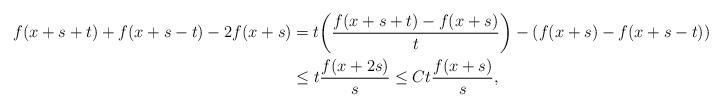
LaTeX: \begin{align*} f(x+s+t)+f(x+s-t)-2f(x+s)&=t\bigg(\frac{f(x+s+t)-f(x+s)}{t}\bigg)-(f(x+s)-f(x+s-t)) \\&\leq t\frac{f(x+2s)}{s}\leq Ct\frac{f(x+s)}{s},\end{align*}